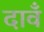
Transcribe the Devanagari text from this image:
दावँ